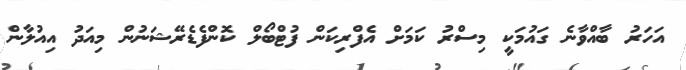
އަހަރު ބާއްވާނެ ގައުމަކީ މިސްރު ކަމަށް އެފްރިކަން ފުޓްބޯލް ކޮންފެޑެރޭޝަނުން މިއަދު އިއުލާން